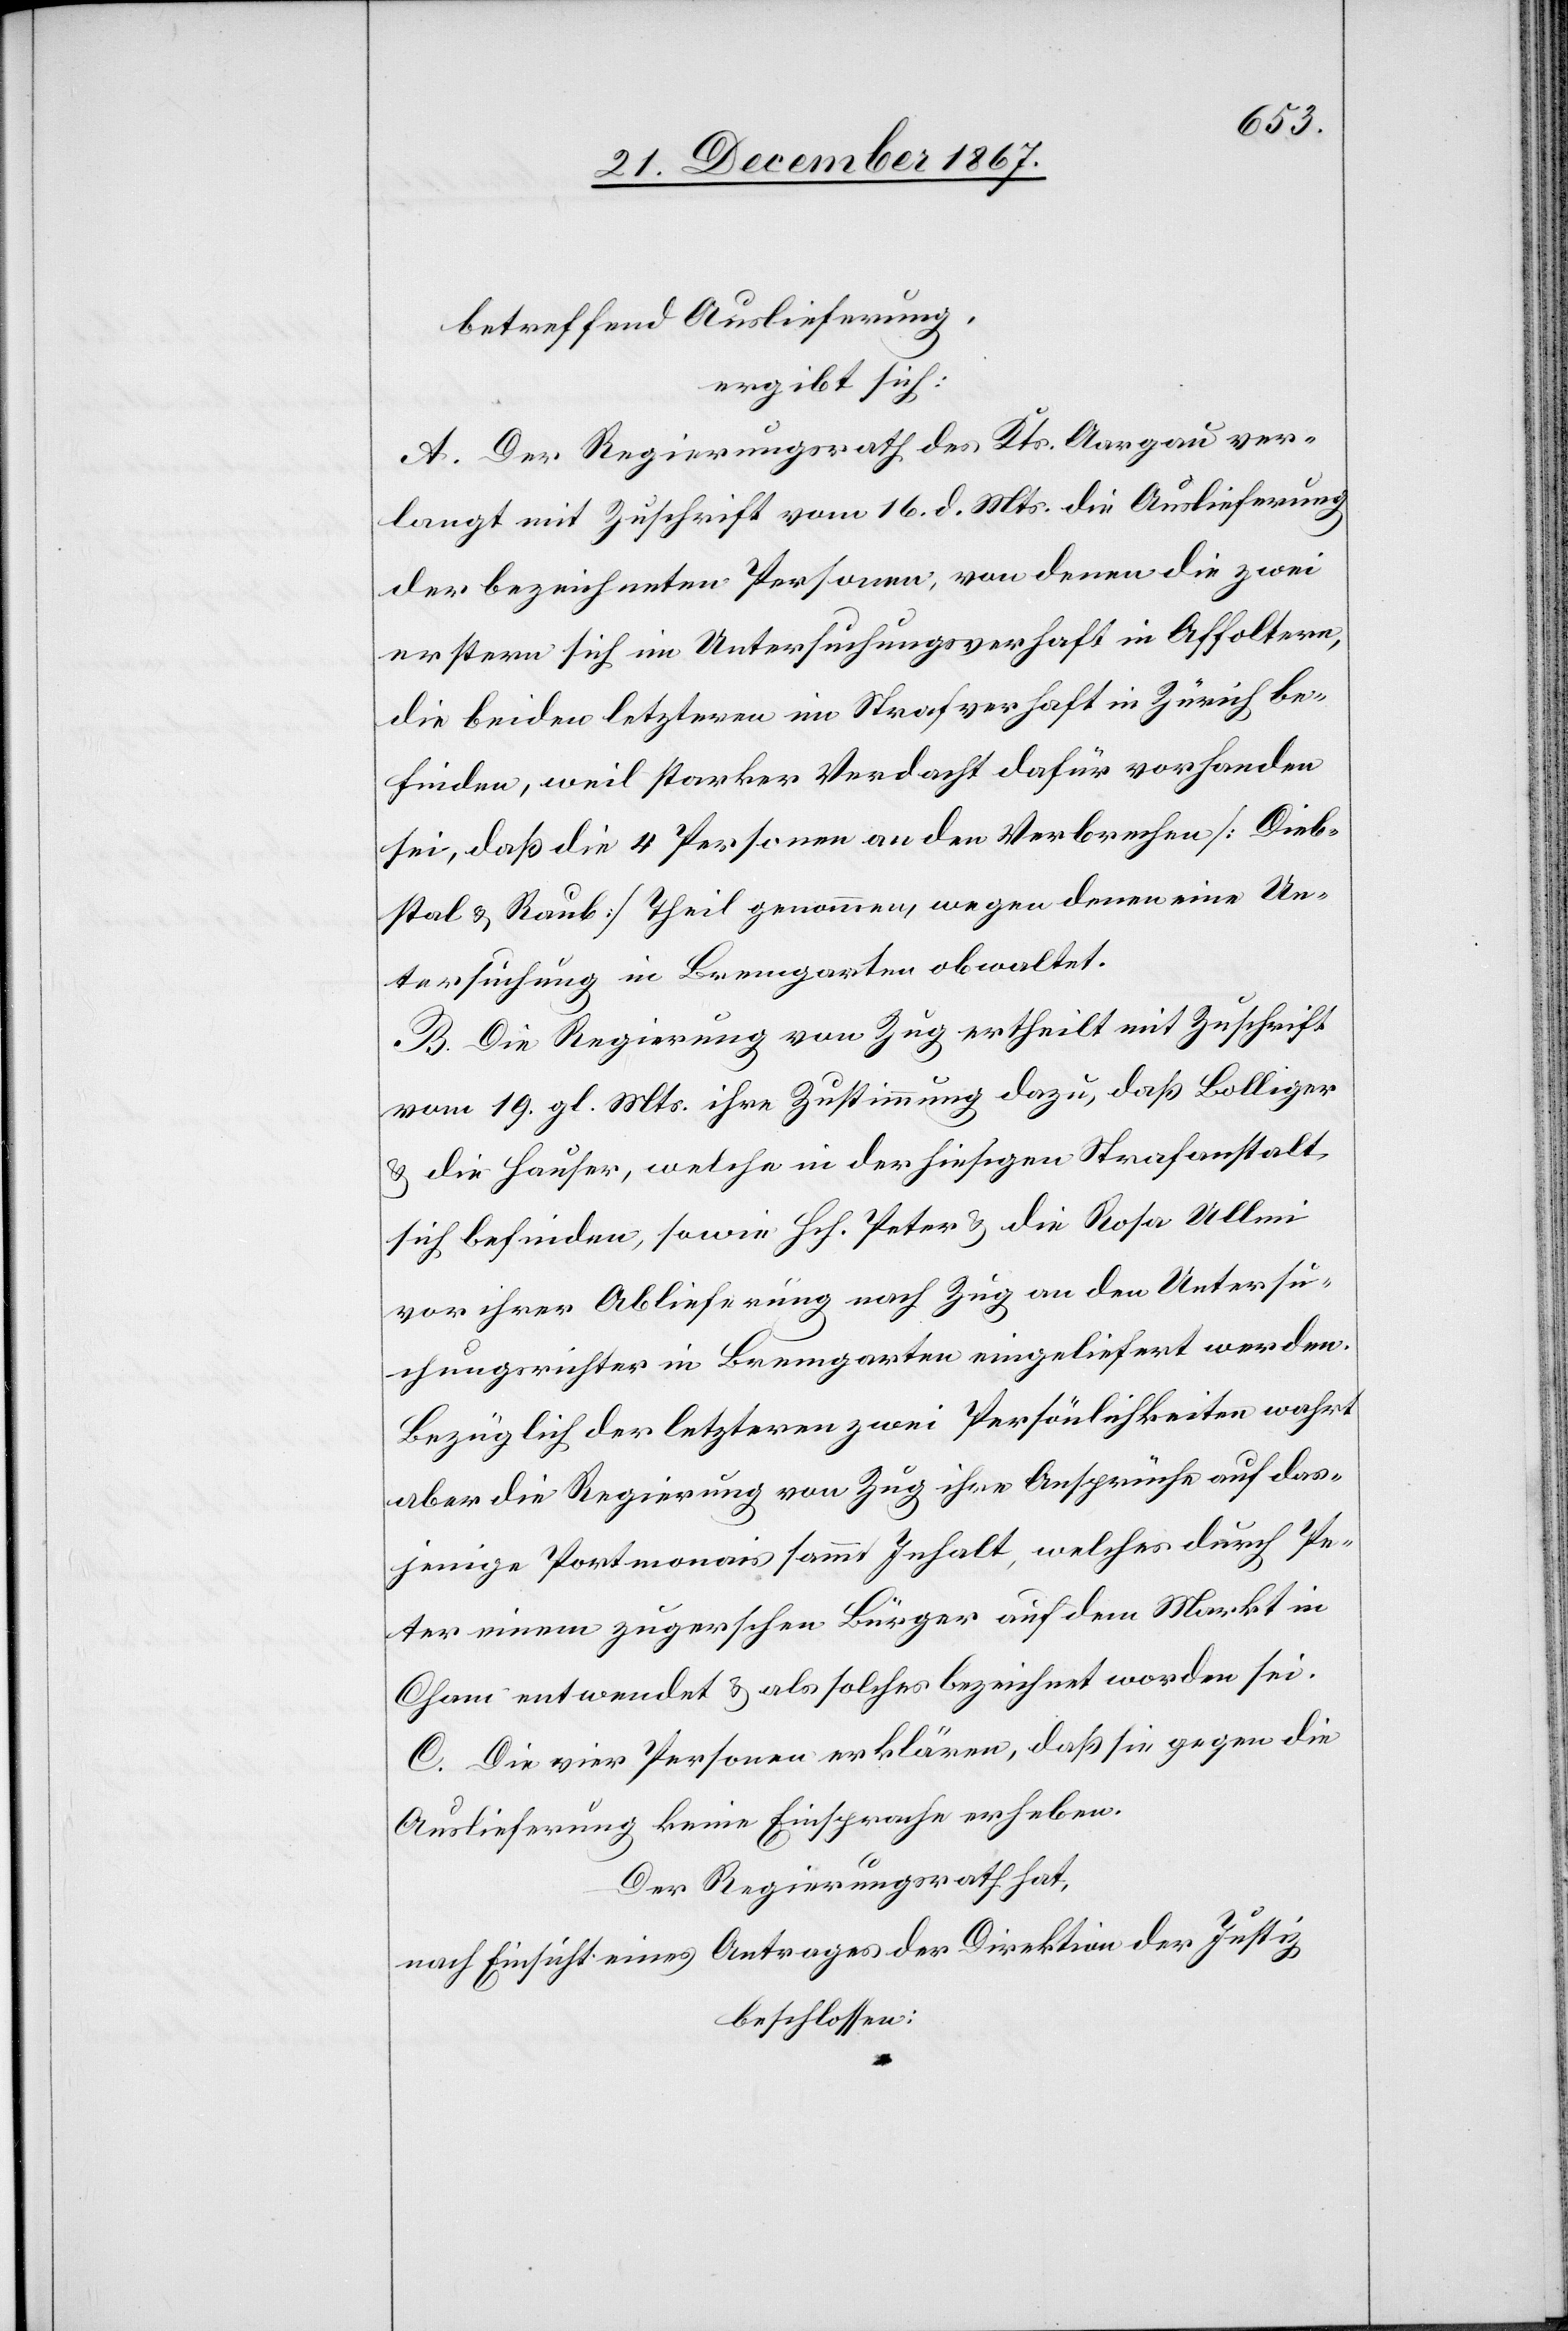
betreffend Auslieferung,
ergibt sich:
A. Der Regierungsrath des Kts. Aargau ver¬
langt mit Zuschrift vom 16. d. Mts. die Auslieferung
der bezeichneten Personen, von denen die zwei
erstern sich im Untersuchungsverhaft in Affoltern,
die beiden letzteren im Strafverhaft in Zürich be¬
finden, weil starker Verdacht dafür vorhanden
sei, daß die 4 Personen an den Verbrechen [Dieb¬
stal u. Raub] Theil genommen, wegen denen eine Un¬
tersuchung in Bremgarten obwaltet.
B. Die Regierung von Zug ertheilt mit Zuschrift
vom 19. gl. Mts. ihre Zustimmung dazu, daß Bolliger
u. die Hauser, welche in der hiesigen Strafanstalt
sich befinden, sowie Hch. Peter u. die Rosa Ullmi
vor ihrer Ablieferung nach Zug an den Untersu¬
chungsrichter in Bremgarten eingeliefert werden.
Bezüglich der letzteren zwei Persönlichkeiten wahrt
aber die Regierung von Zug ihre Ansprüche auf das¬
jenige Portmonais sammt Inhalt, welches durch Pe¬
ter einem zugerschen Bürger auf dem Markt in
Cham entwendet u. als solches bezeichnet worden sei.
C. Die vier Personen erklären, daß sie gegen die
Auslieferung keine Einsprache erheben.
Der Regierungsrath hat,
nach Einsicht eines Antrages der Direktion der Justiz,
beschlossen: